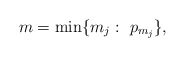
\begin{align*}m=\min\{m_j:\ p_{m_j}\},\end{align*}